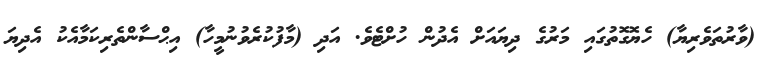
(ވާރުތަވެރިޔާ) ހެޔޮގޮތުގައި މަރުގެ ދިޔައަށް އެދުން ހުށްޓެވެ. އަދި (މާފުކުރެވުނުމީހާ) އިޙްސާންތެރިކަމާއެކު އެދިޔަ